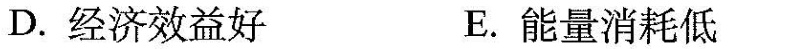
D.经济效益好 E.能量消耗低